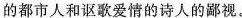
的都市人和讴歌爱情的诗人的鄙视。